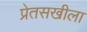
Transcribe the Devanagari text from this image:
प्रेतसखीला